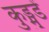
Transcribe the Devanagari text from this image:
कुड्मुडें